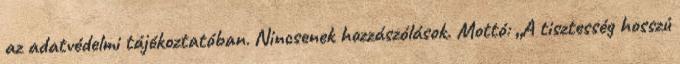
az adatvédelmi tájékoztatóban. Nincsenek hozzászólások. Mottó: „A tisztesség hosszú